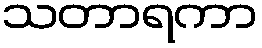
သတာရကာ